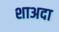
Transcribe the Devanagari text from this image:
शाअदा